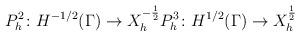
LaTeX: \begin{align*} P_h^2\colon H^{-1/2}(\Gamma) \to X_h^{-\frac12} P_h^3\colon H^{1/2}(\Gamma) \to X_h^{\frac12} \end{align*}